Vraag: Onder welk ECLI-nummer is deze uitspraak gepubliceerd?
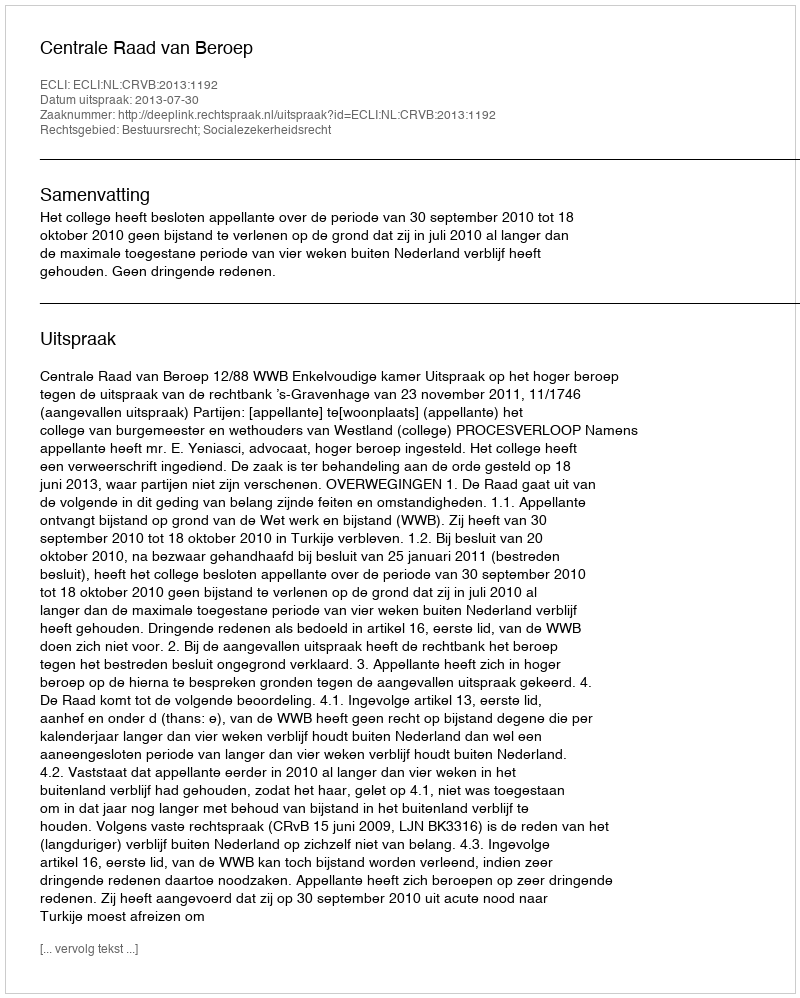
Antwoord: ECLI:NL:CRVB:2013:1192